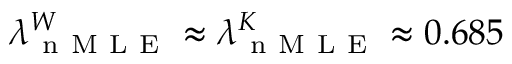
\lambda _ { \mathrm { ~ n ~ M ~ L ~ E ~ } } ^ { W } \approx \lambda _ { \mathrm { ~ n ~ M ~ L ~ E ~ } } ^ { K } \approx 0 . 6 8 5